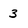
Character: 3